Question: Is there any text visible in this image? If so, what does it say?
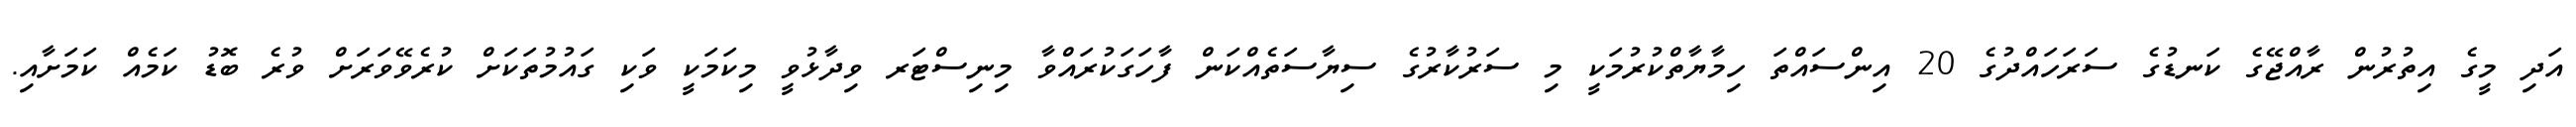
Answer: އަދި މީގެ އިތުރުން ރާއްޖޭގެ ކަނޑުގެ ސަރަހައްދުގެ 20 އިންސައްތަ ހިމާޔާތްކުރުމަކީ މި ސަރުކާރުގެ ސިޔާސަތެއްކަން ފާހަގަކުރައްވާ މިނިސްޓަރ ވިދާޅުވީ މިކަމަކީ ވަކި ގައުމުތަކަށް ކުރެވޭވަރަށް ވުރެ ބޮޑު ކަމެއް ކަމަށާއި.